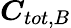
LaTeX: \boldsymbol{C}_{tot,B}